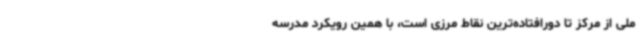
ملی از مرکز تا دورافتاده‌ترین نقاط مرزی است، با همین رویکرد مدرسه